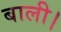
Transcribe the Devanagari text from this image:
बाली।